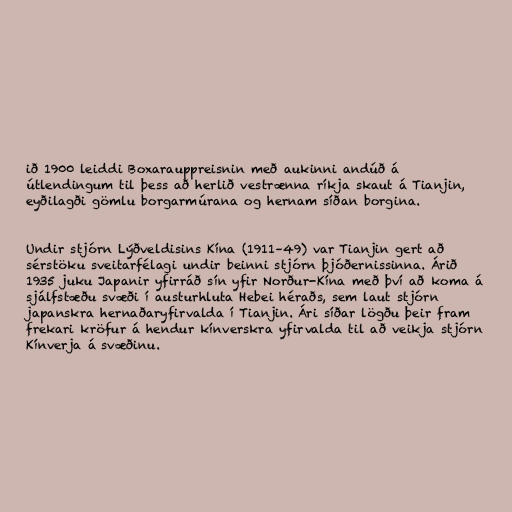
ið 1900 leiddi Boxarauppreisnin með aukinni andúð á
útlendingum til þess að herlið vestrænna ríkja skaut á Tianjin,
eyðilagði gömlu borgarmúrana og hernam síðan borgina.

Undir stjórn Lýðveldisins Kína (1911–49) var Tianjin gert að
sérstöku sveitarfélagi undir beinni stjórn þjóðernissinna. Árið
1935 juku Japanir yfirráð sín yfir Norður-Kína með því að koma á
sjálfstæðu svæði í austurhluta Hebei héraðs, sem laut stjórn
japanskra hernaðaryfirvalda í Tianjin. Ári síðar lögðu þeir fram
frekari kröfur á hendur kínverskra yfirvalda til að veikja stjórn
Kínverja á svæðinu.